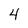
Character: 4